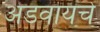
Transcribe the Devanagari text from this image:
अडवायचे